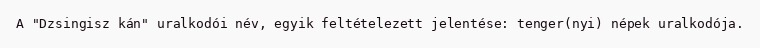
A "Dzsingisz kán" uralkodói név, egyik feltételezett jelentése: tenger(nyi) népek uralkodója.